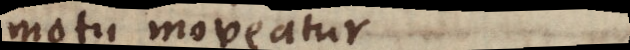
motu moveatur.